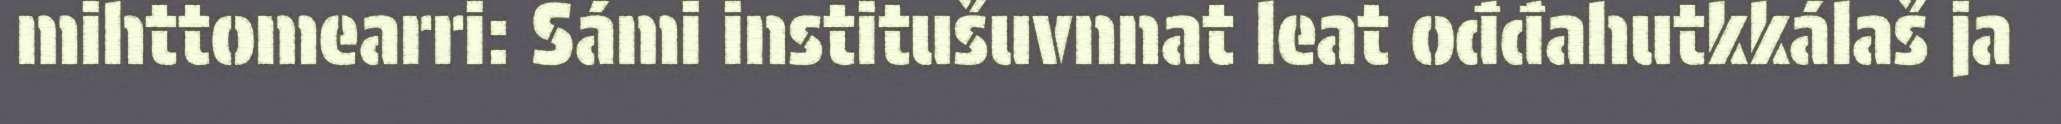
mihttomearri: Sámi institušuvnnat leat ođđahutkkálaš ja